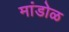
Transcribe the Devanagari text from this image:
मांडोळ